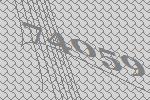
74059